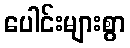
ပေါင်းများစွာ